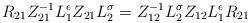
LaTeX: \begin{align*}{R}_{21}Z_{21}^{-1}L_{1}^{\epsilon}Z_{21}L_{2}^{\sigma}= Z_{12}^{-1}L_{2}^{\sigma}Z_{12}L_{1}^{\epsilon}{R}_{21}\end{align*}